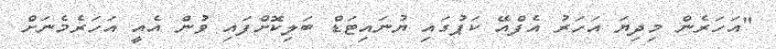
"އަހަރެން މިދިޔަ އަހަރު އެފްއޭ ކަޕުގައި ޔުނައިޓަޑް ބަލިކޮށްފައި ވުން އެއީ އަހަރެމެނަށް